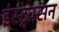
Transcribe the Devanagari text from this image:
इंस्ट्र्क्सन